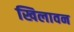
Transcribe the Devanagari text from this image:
खिलावन